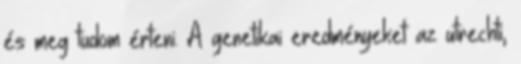
és meg tudom érteni. A genetikai eredményeket az utrechti,